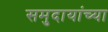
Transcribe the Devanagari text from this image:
समुदायांच्या